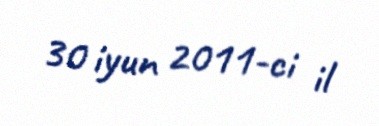
30 iyun 2011-ci il